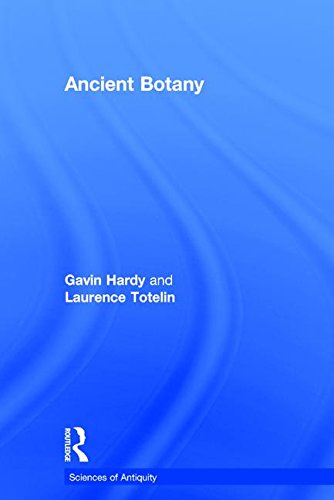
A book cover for Ancient Botany (Sciences of Antiquity Series); Gavin Hardy; Science & Math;